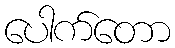
ပေါက်တော